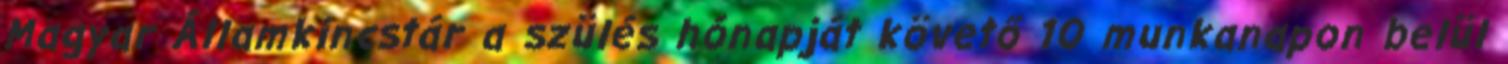
Magyar Államkincstár a szülés hónapját követő 10 munkanapon belül